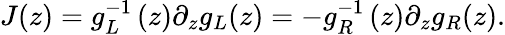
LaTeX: J(z)=g_{L}^{-1}\left(z\right)\partial_{z}g_{L}(z)=-g_{R}^{-1}\left(z\right)\partial_{z}g_{R}(z).